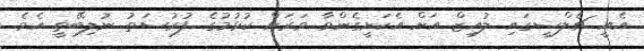
އެއީ ޗެލްސީގައި ލުއިޒް އަށް އެކަށީގެންވާ ވަރަށް ކުޅުމުގެ ފުރުސަތު ނުލިބޭތީ އެވެ.